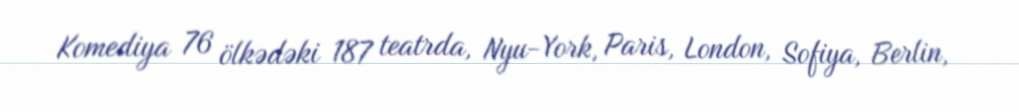
Komediya 76 ölkədəki 187 teatrda, Nyu-York, Paris, London, Sofiya, Berlin,